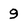
Character: 9